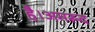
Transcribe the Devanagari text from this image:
है।अमरूद